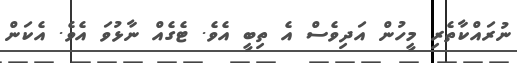
ނުރައްކާތެރި މީހުން އަދިވެސް އެ ތިބީ އެވެ. ޓެގެއް ނާޅުވަ އެވެ. އެކަން